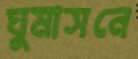
ঘুমাসনে